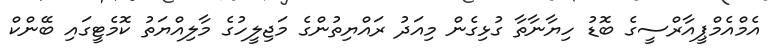
އެމްއެެމްޕީއާރްސީގެ ބޮޑު ހިޔާނާތާ ގުޅިގެން މިއަދު ރައްޔިތުންގެ މަޖިލީހުގެ މާލިއްޔަތު ކޮމެޓީގައި ބޭންކް